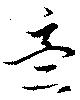
意